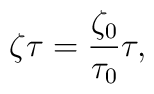
\zeta \tau=\frac{\zeta _{0}}{\tau _{0}} \tau	,